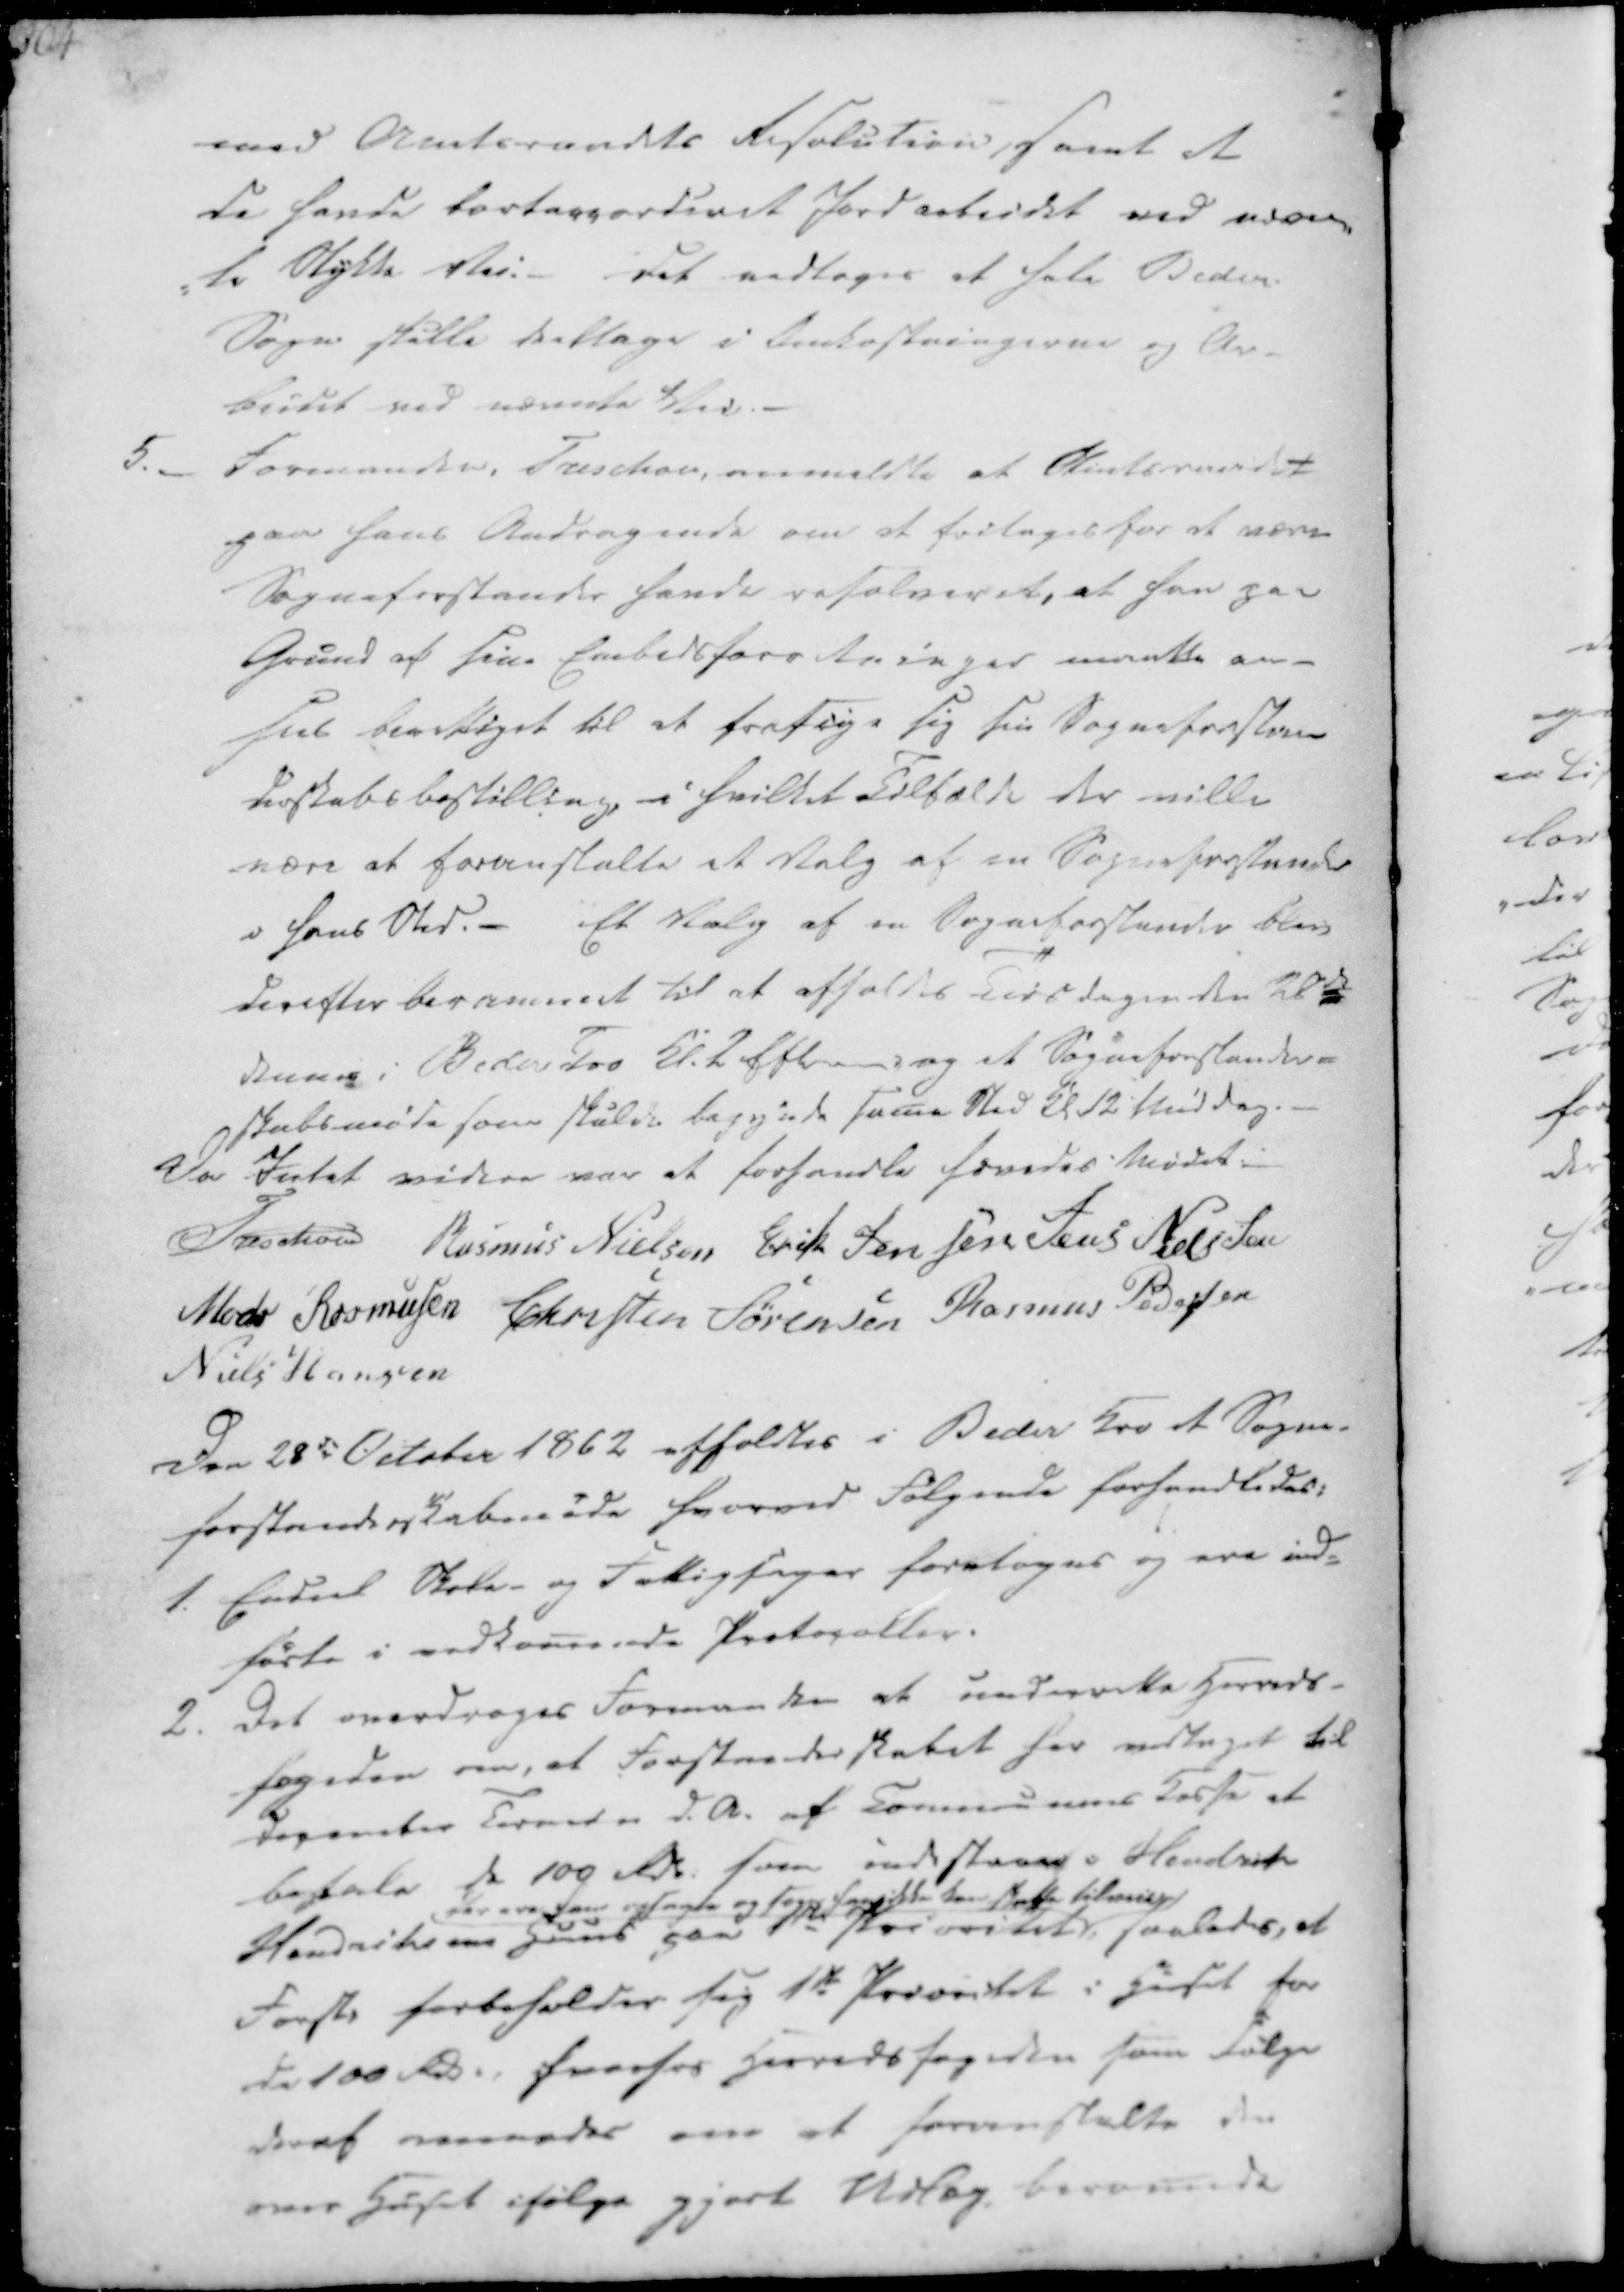
Transskription:
med Amtsraadets Resolution, samt at
de havde bortaccorderet Jordarbeidet ved nævn-
-te Stykke Vei.
Det vedtoges at hele Beder
Sogn skulle deeltage i Omkostningerne og Ar-
beidet ved nævnte Vei.

5.
Formanden, Treschov, anmeldte at Amtsraadet
paa hans Andragende om at fritages for at være
Sogneforstander havde resolveret, at han paa
Grund af sine Embedsforetninger maatte an-
sees berettiget til at frasige sig sin Sogneforstan-
derskabsbestilling, i hvilket Tilfælde der ville
være at foranstalte et Valg af en Sogneforstander
i hans Sted.
Et Valg af en Sogneforstander blev
derefter berammet til at afholdes Tirsdagen den 28de
dennes i Beder Kro Kl. 2 Efterm, og et Sogneforstander-
skabsmøde som skulde begynde same Sted Kl. 12 Middag.

Da Intet videre var at forhandle hævedes Mødet.
Treschov
Rasmus Nielsen
Erik Jensen
Jens Nielssen
Mads Rasmussen
Christen Sørensen
Rasmus Pedersen
Niels Hansen

Den 28de October 1862 afholdtes i Beder Kro et Sogne-
forstanderskabsmøde hvorved Følgende forhandledes:

1. Endeel Skole- og Fattighager foretoges og ere ind-
førte i vedkomende Protocoller.

2. Det overdroges Formanden at underrette Herreds-
fogeden om, at Forstanderskabet har vedtaget til
december Ternedn d.A. af Communens Kasse at
betale de 100 Rdl. som indestaae i Hendrik
Hendriksens Huus paa 1ste Prioritet
derom ham opsagte og som han ikke kan skaffe tilveie
saaledes, at
Forst. forbeholder sig 1ste Prioritet i Huset for
de 100 Rdl., hvorhos Herredsfogeden som Følge
deraf anmodes om at foranstalte den
over Huset ifølge gjort Udlæg, beramede